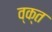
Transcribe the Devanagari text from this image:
व्क्त